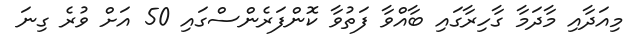
މިއަދާއި މާދަމާ ގާހިރާގައި ބާއްވާ ފަތުވާ ކޮންފަރެންސްގައި 50 އަށް ވުރެ ގިނަ